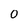
Character: 0